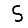
Digit: 5